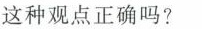
这种观点正确吗？